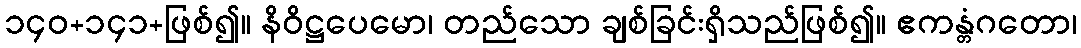
၁၄၀+၁၄၁+ဖြစ်၍။ နိဝိဋ္ဌပေမော၊ တည်သော ချစ်ခြင်းရှိသည်ဖြစ်၍။ ဧကန္တံဂတော၊